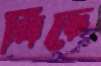
খিচে